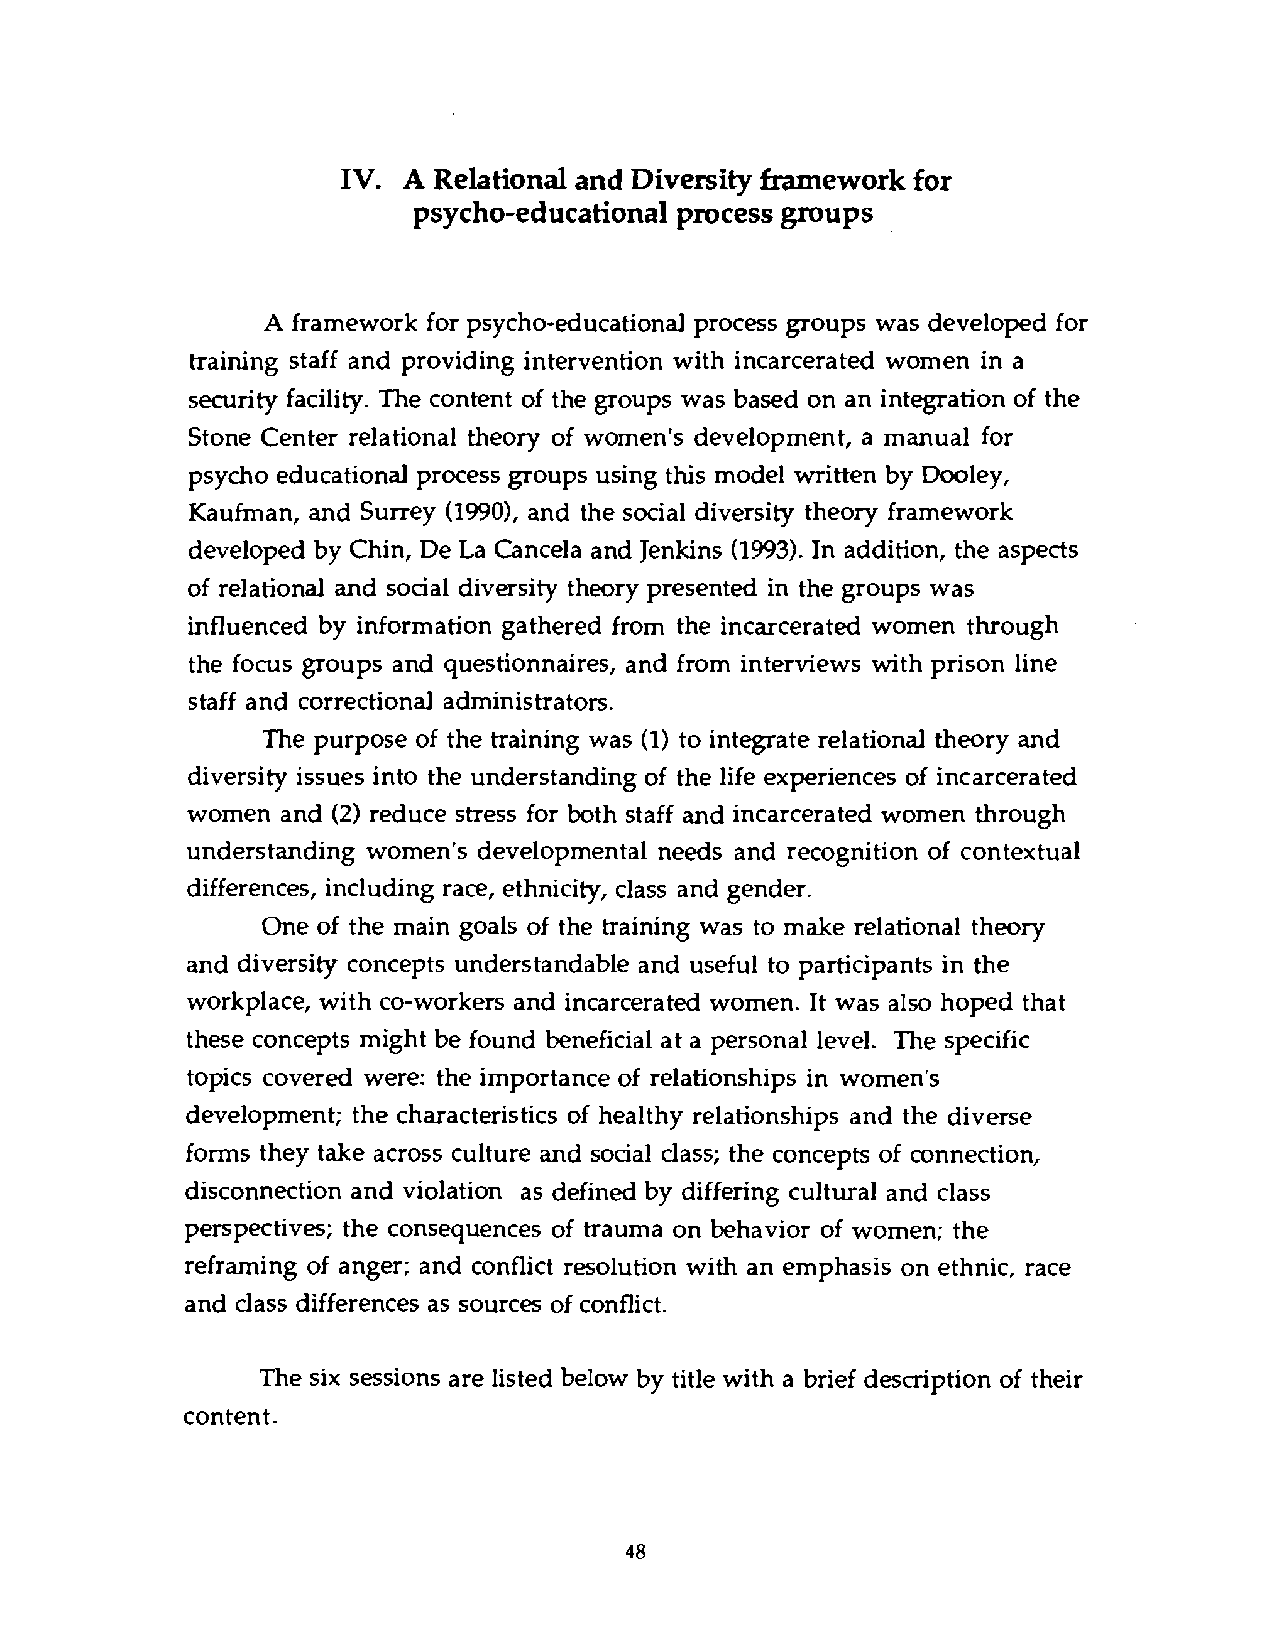
IV. A Relational and Diversity framework for
 psycho-educational process groups
 A framework for psycho-educational process groups was developed for
 training staff and providing intervention with incarcerated women in a
 security facility. The content of the groups was based on an integration of the
 Stone Center relational theory of women's development, a manual for
 psycho educational process groups using this model written by Dooley,
 Kaufman, and Surrey (1990),a nd the social diversity theory framework
 developed by Chin, De La Cancela and Jenkins (1993). In addition, the aspects
 of relational and social diversity theory presented in the groups was
 influenced by information gathered from the incarcerated women through
 the focus groups and questionnaires, and from interviews with prison line
 staff and correctional administrators.
 The purpose of the training was (1) to integrate relational theory and
 diversity issues into the understanding of the life experiences of incarcerated
 women  and (2) reduce stress for both staff and incarcerated women through
 understanding women's developmental needs and recognition of contextual
 differences, including race, ethnicity, class and gender.
 One of the main goals of the training was to make relational theory
 and diversity concepts understandable and useful to participants in the
 workplace, with co-workers and incarcerated women. It was also hoped that
 these concepts might be found beneficial at a personal level. The specific
 topics covered were: the importance of relationships in women's
 development; the characteristics of healthy relationships and the diverse
 forms they take across culture and social class; the concepts of connection,
 disconnection and violation as defined by differing cultural and class
 perspectives; the consequences of trauma on behavior of women; the
 reframing of anger; and conflict resolution with an emphasis on ethnic, race
 and class differences as sources of conflict.
 The six sessions are listed below by title with a brief description of their
 content.